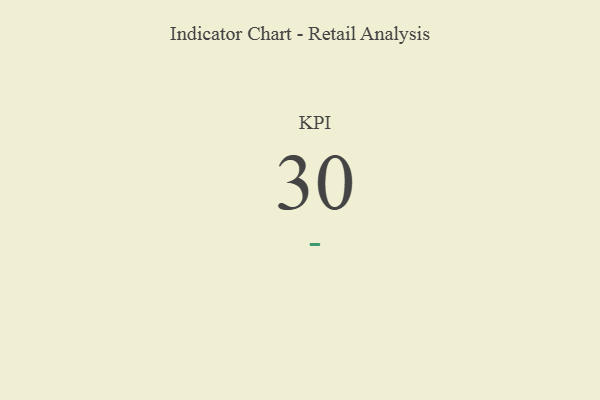
{"axis": {"x": "KPI", "y": "Value"}, "legend": [""], "data": [{"x": "KPI", "y": 30, "type": ""}]}